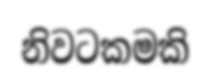
නිවටකමකි